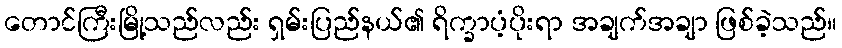
တောင်ကြီးမြို့သည်လည်း ရှမ်းပြည်နယ်၏ ရိက္ခာပံ့ပိုးရာ အချက်အချာ ဖြစ်ခဲ့သည်။